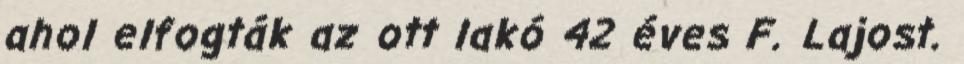
ahol elfogták az ott lakó 42 éves F. Lajost.